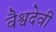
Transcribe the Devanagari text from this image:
वैश्वदेवी